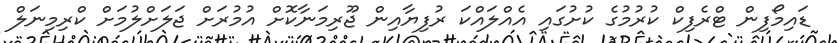
ޑައިމޯފިން ޓްރެފިކް ކުރުމުގެ ކުށުގައި އެއްލައްކަ ރުފިޔާއިން ޖޫރިމަނާކޮށް އުމުރަށް ޖަލަށްލުމަށް ކްރިމިނަލް